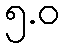
၅.ဝ